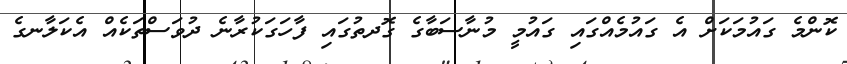
ކޮންމެ ގައުމަކަށް އެ ގައުމެއްގައި ގައުމީ މުނާސަބާގެ ގޮދތުގައި ފާހަގަކުރާނެ ދުވަސްތަކެއް އެކަލާނގެ